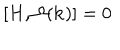
[ H , \Omega ( { \bf k } ) ] = 0